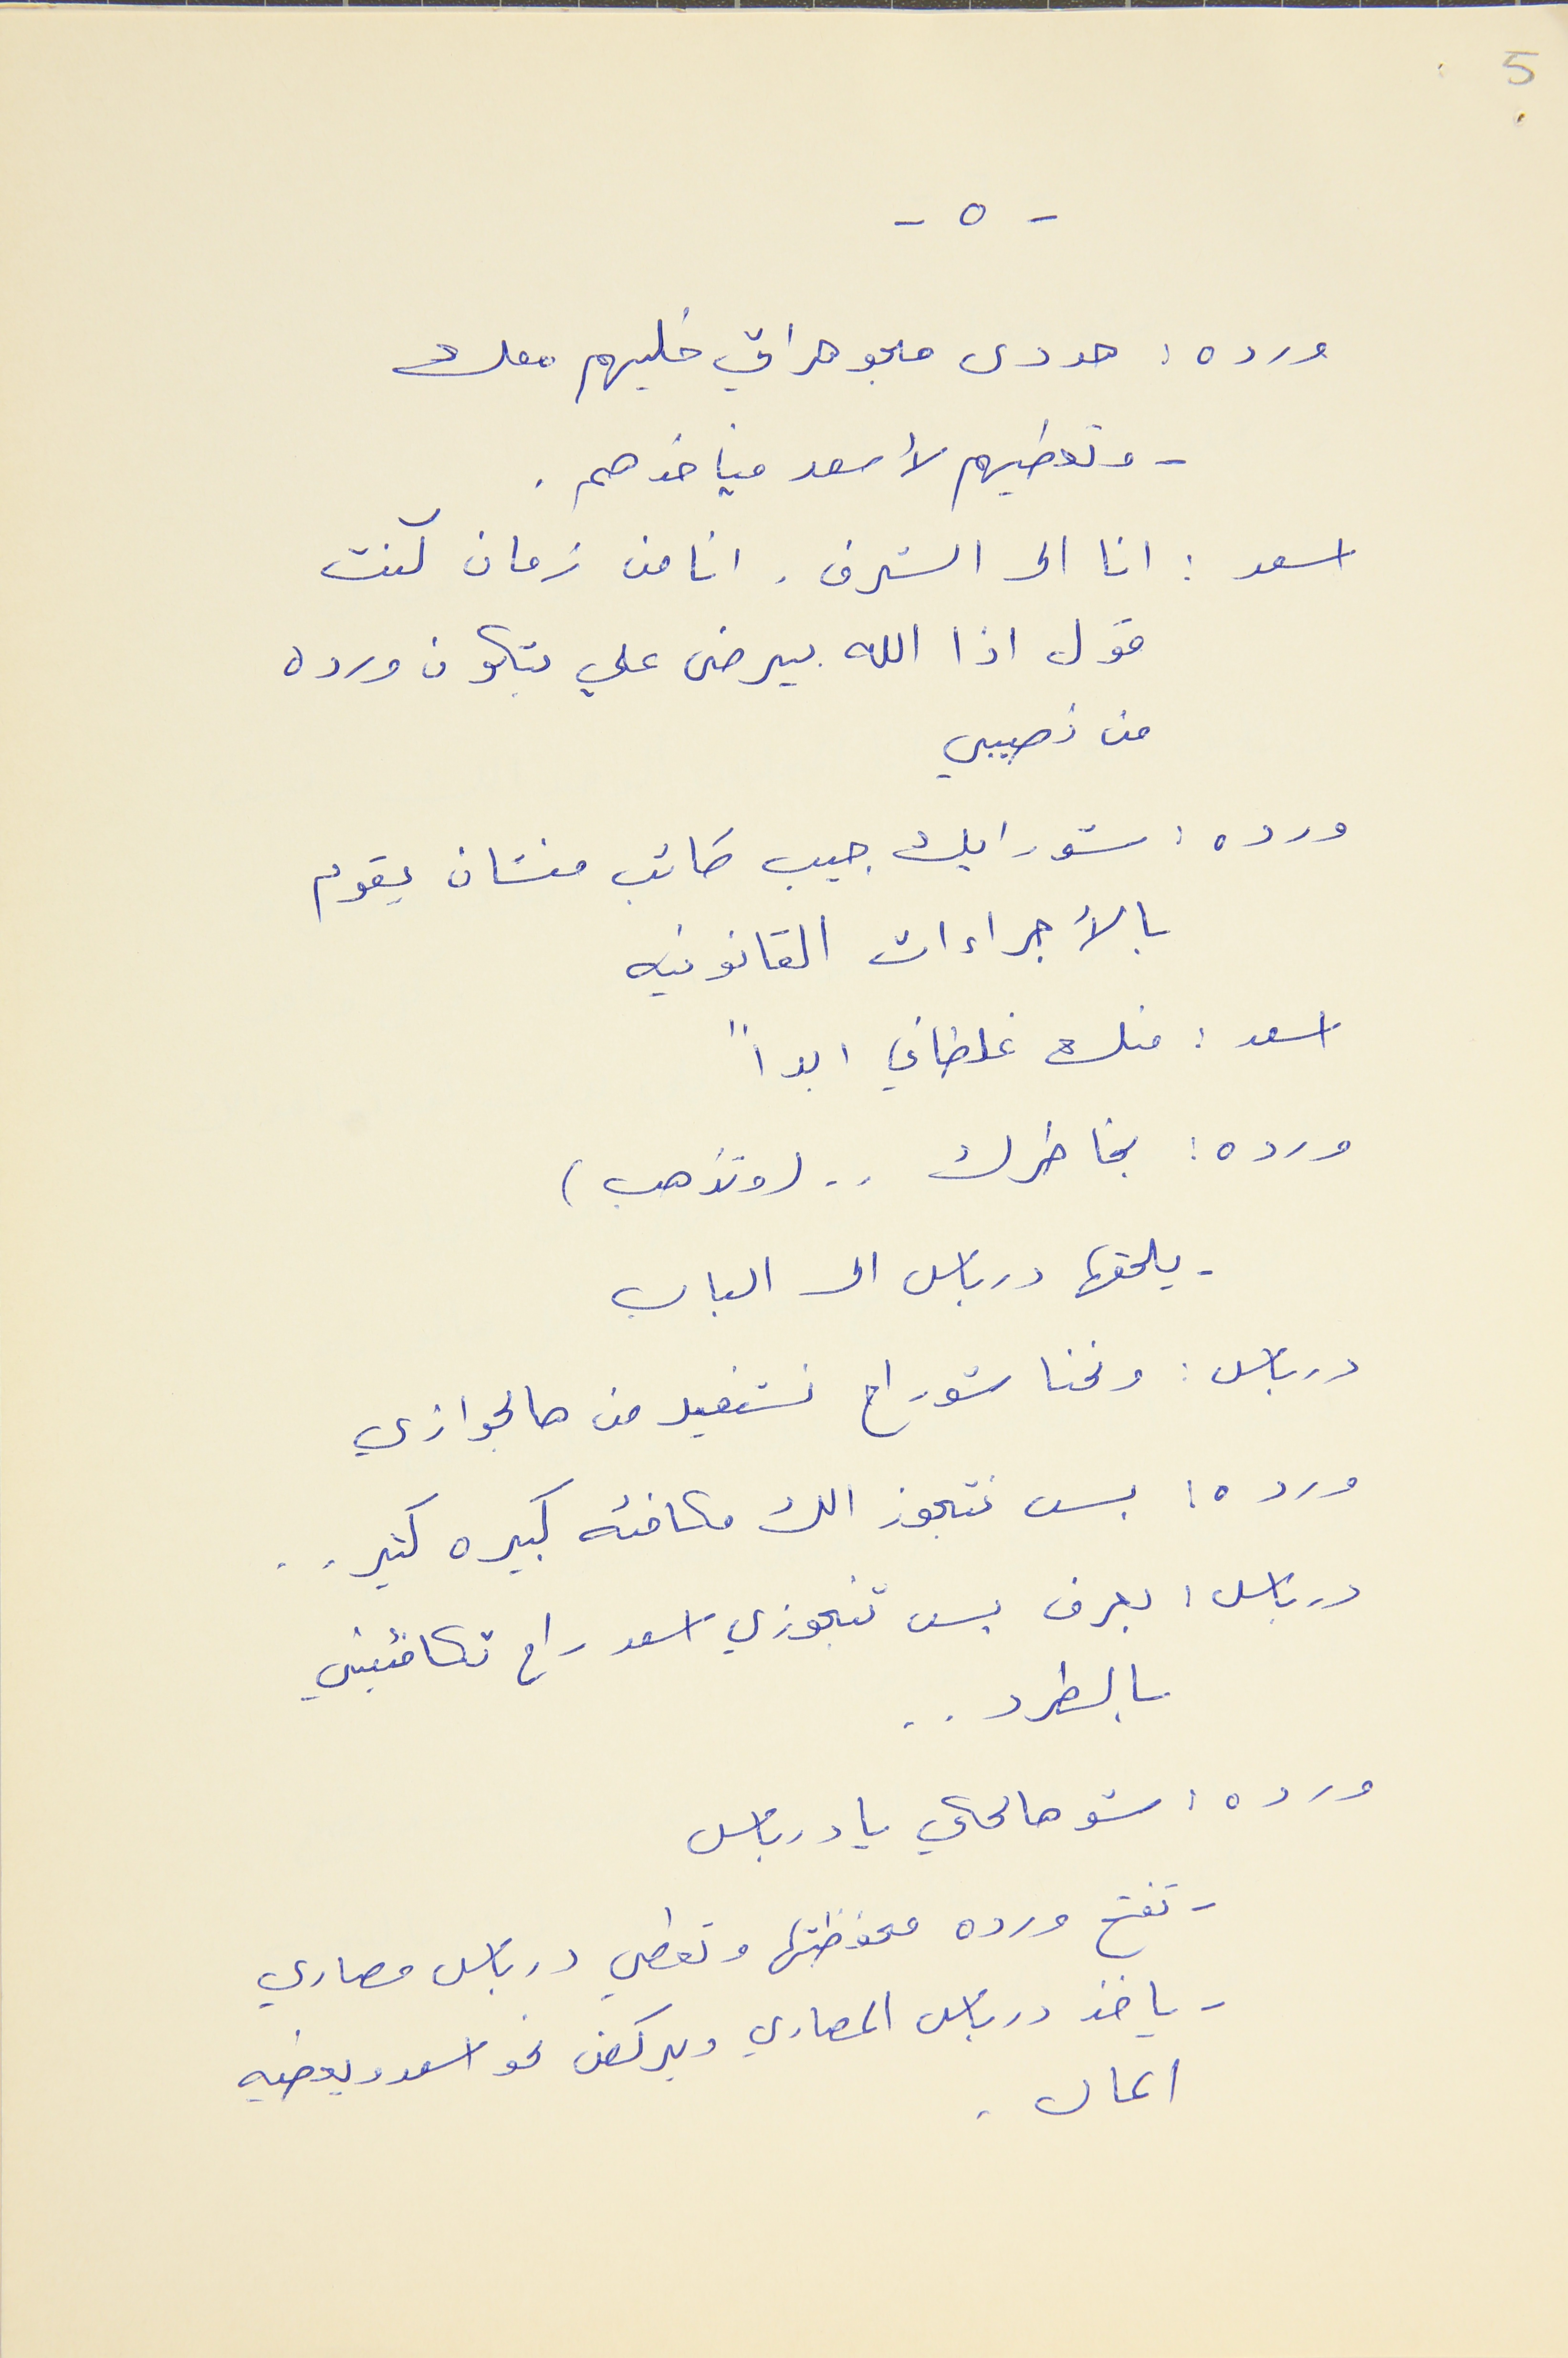
- ٥ -
5
ورد :هودى مجوهرات خليهم معك
- وتعطيهم لأسعد فياخدهم.
اسعد : انا الى الشرف. انا من زمان كنت
قول اذا الله بيرضى علي بتكون ورده
من نصيبي
ورده : شو رايك جيب كاتب منشان يقوم
بالآجراءات القانونيه
اسعد : منك غلطاني ابداً
ورده : بخاطرك  . . (وتذهب)
- يلحقها درباس الى الباب
درباس : ونحنا شو رح نستفيد من هالجوازي
ورده : بس نتجوز الك مكافئه كبيره كتير . .
درباس : بعرف بس تتجوزي اسعد راح تكافئيني
بالطرد . .
ورده : شو هالحكي يا درباس
- تفتح ورده محفظتها وتعطي درباس مصاري
- ياخد درباس المصاري ويركض نحو اسعد ويعطيه
المال.